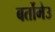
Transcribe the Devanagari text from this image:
बर्तोमेउ